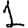
Digit: 1